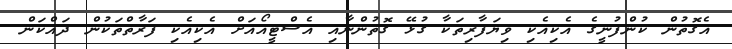
އެގޮތުން ކުންފުނީގެ އެކިއެކި ވިޔަފާރިތަކާ ގުޅޭ ގޮތުންނާއި އެސްޓީއޯއަށް އެކިއެކި ފަރާތްތަކުން ދައްކަން